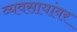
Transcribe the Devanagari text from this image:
व्यवसायांवर